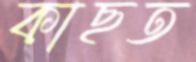
কাছত